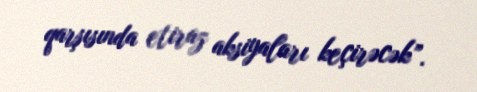
qarşısında etiraz aksiyaları keçirəcək”.